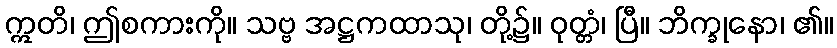
ဣတိ၊ ဤစကားကို။ သဗ္ဗ အဋ္ဌကထာသု၊ တို့၌။ ဝုတ္တံ၊ ပြီ။ ဘိက္ခုနော၊ ၏။